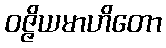
ဝဇ္ဇိယမာဟိတော